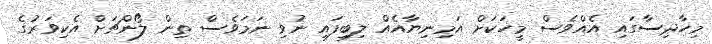
މިހާދިސާގައި އެއްވެސް މީހަކަށް އަމިނިޔާއެއް ލިބިފައި ނުވި ނަމަވެސް ތިން ލޯންޗަށް އެކިވަރުގެ